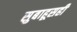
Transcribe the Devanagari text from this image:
सुबाहूसही